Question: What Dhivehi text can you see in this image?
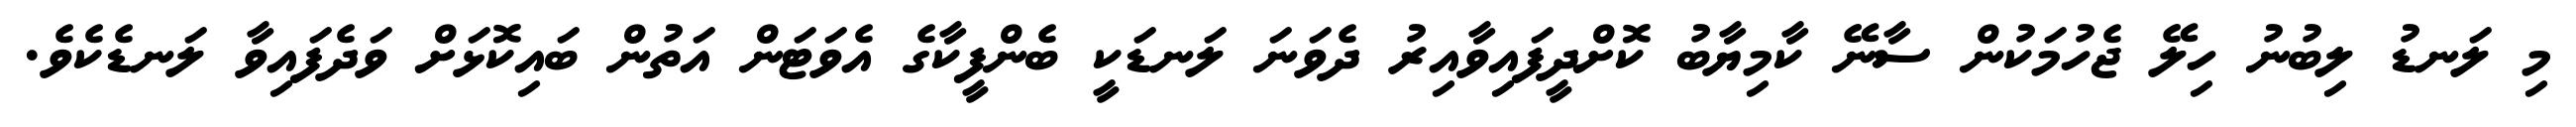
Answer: މި ލަނޑު ލިބުނު ހިލޭ ޖެހުމަކުން ސާނޭ ކާމިޔާބު ކޮށްދީފައިވާއިރު ދެވަނަ ލަނޑަކީ ބެންފީކާގެ އެވަޓަން އަތުން ބައިކޮޅަށް ވަދެފައިވާ ލަނޑެކެވެ.